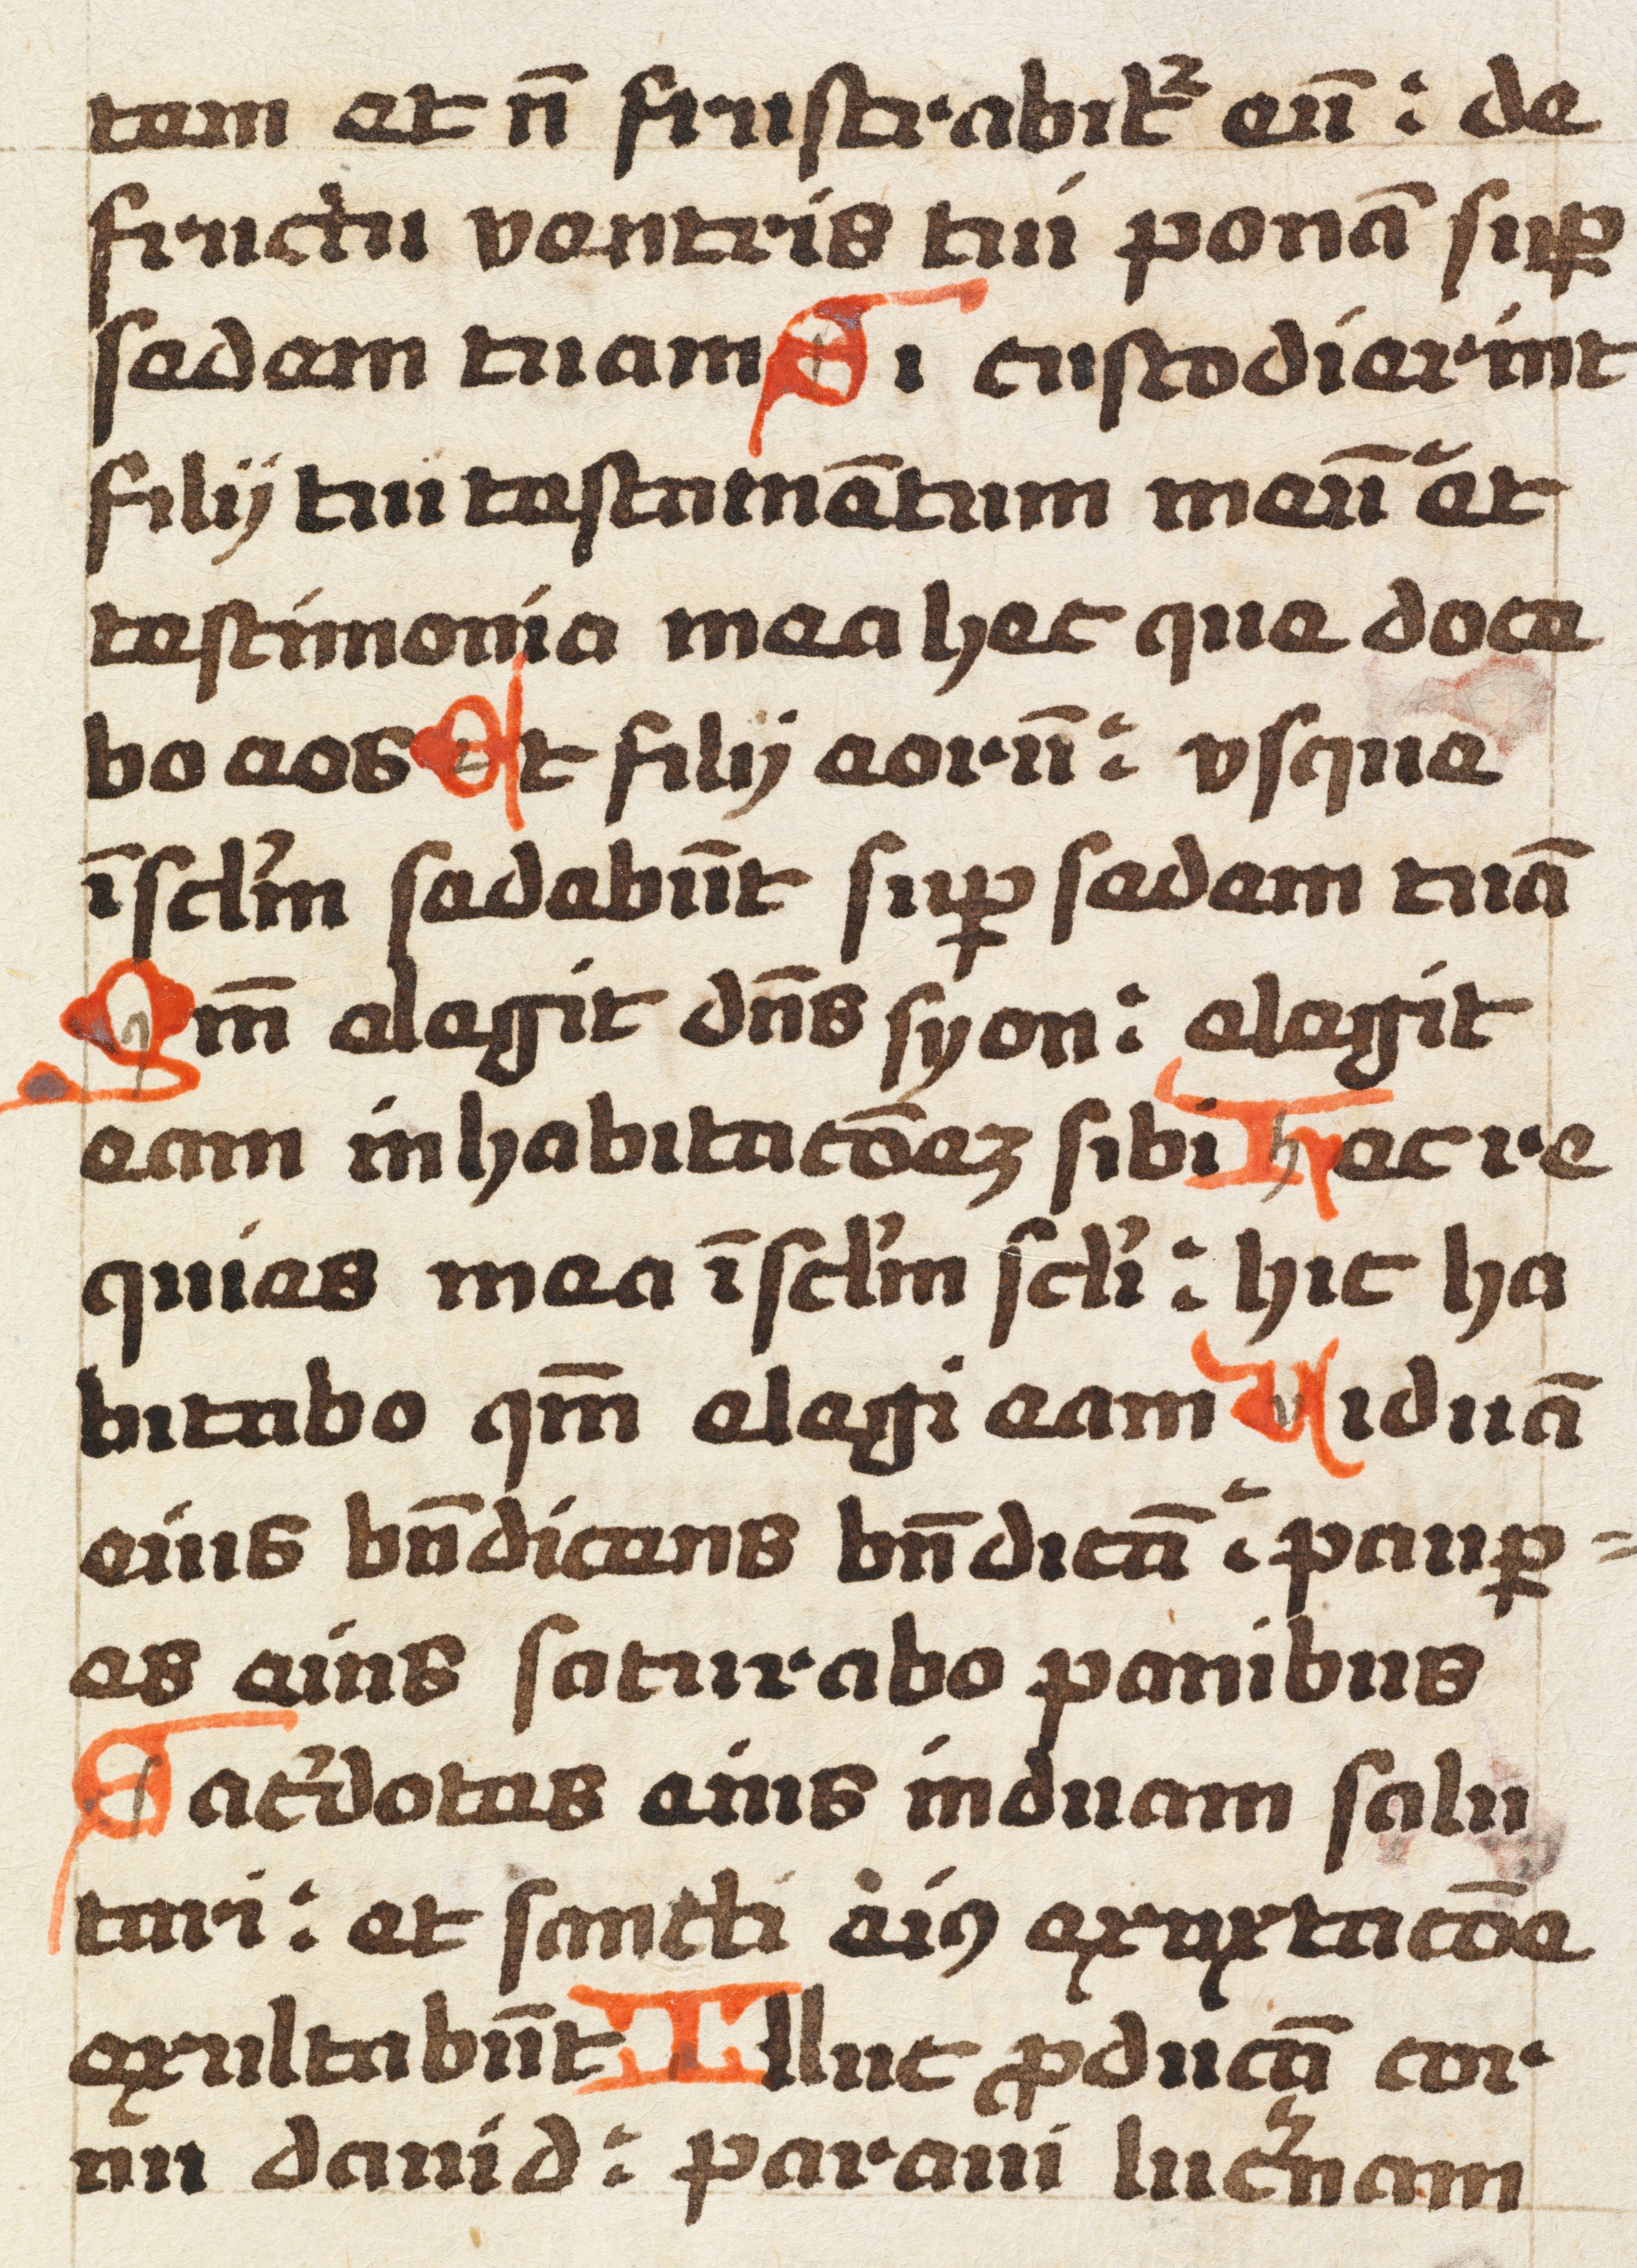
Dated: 1492–1492